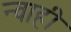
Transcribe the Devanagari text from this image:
न्वाही